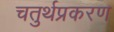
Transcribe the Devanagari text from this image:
चतुर्थप्रकरण